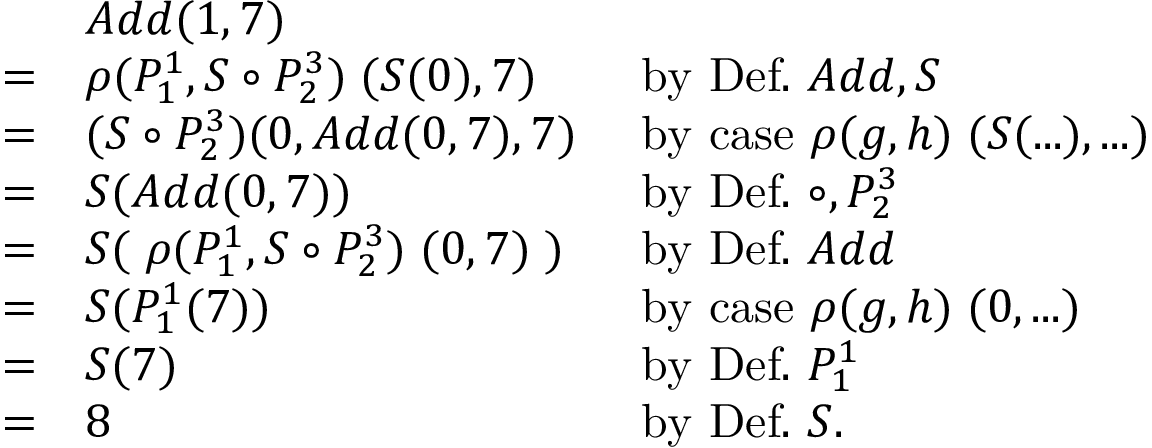
{ \begin{array} { l l l } & { A d d ( 1 , 7 ) } \\ { = } & { \rho ( P _ { 1 } ^ { 1 } , S \circ P _ { 2 } ^ { 3 } ) \; ( S ( 0 ) , 7 ) } & { { \mathrm { ~ b y ~ D e f . ~ } } A d d , S } \\ { = } & { ( S \circ P _ { 2 } ^ { 3 } ) ( 0 , A d d ( 0 , 7 ) , 7 ) } & { { \mathrm { ~ b y ~ c a s e ~ } } \rho ( g , h ) \; ( S ( . . . ) , . . . ) } \\ { = } & { S ( A d d ( 0 , 7 ) ) } & { { \mathrm { ~ b y ~ D e f . ~ } } \circ , P _ { 2 } ^ { 3 } } \\ { = } & { S ( \; \rho ( P _ { 1 } ^ { 1 } , S \circ P _ { 2 } ^ { 3 } ) \; ( 0 , 7 ) \; ) } & { { \mathrm { ~ b y ~ D e f . ~ } } A d d } \\ { = } & { S ( P _ { 1 } ^ { 1 } ( 7 ) ) } & { { \mathrm { ~ b y ~ c a s e ~ } } \rho ( g , h ) \; ( 0 , . . . ) } \\ { = } & { S ( 7 ) } & { { \mathrm { ~ b y ~ D e f . ~ } } P _ { 1 } ^ { 1 } } \\ { = } & { 8 } & { { \mathrm { ~ b y ~ D e f . ~ } } S . } \end{array} }